Report of the Indian Hemp Drugs Commission, 1894-1895 - Volume VII
Year: 1894
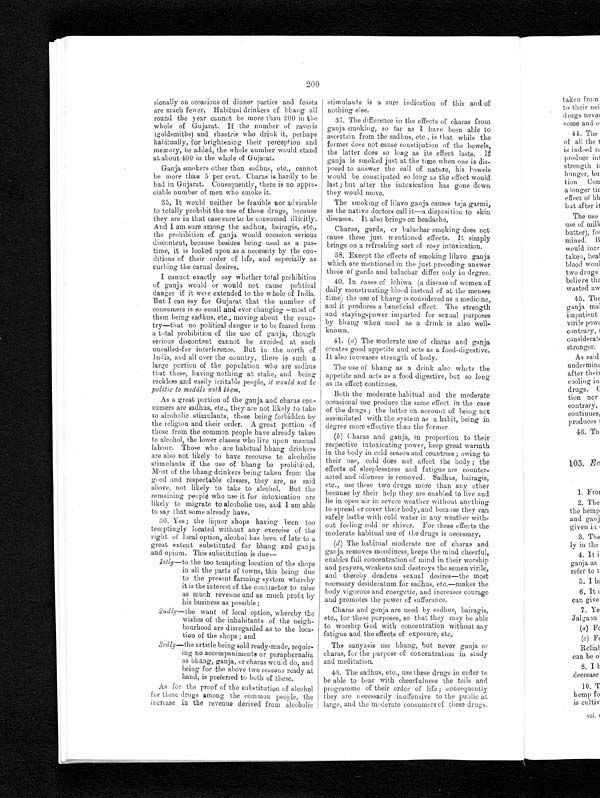
200
sionally on occasions of dinner parties and feasts
are much fewer. Habitual drinkers of bhang all
round the year cannot be more than 200 in the
whole of Gujarat. If the number of zaveris
(goldsmiths) and shastris who drink it, perhaps
habitually, for brightening their perception and
memory, be added, the whole number would stand
at about 400 in the whole of Gujarat.
Ganja smokers other than sadhus, etc., cannot
be more than 5 per cent. Charas is hardly to be
had in Gujarat. Consequently, there is no appre-
ciable number of men who smoke it.
35. It would neither be feasible nor advisable
to totally prohibit the use of these drugs, because
they are in that case sure to be consumed illicitly.
And I am sure among the sadhus, bairagis, etc.,
the prohibition of ganja would occasion serious
discontent, because besides being used as a pas-
time, it is looked upon as a necessity by the con-
ditions of their order of life, and especially as
curbing the carnal desires.
I cannot exactly say whether total prohibition
of ganja would or would not cause political
danger if it were extended to the whole of India.
But I can say for Gujarat that the number of
consumers is so small and ever changing —most of
them being sadhus, etc., moving about the coun-
try—that no political danger is to be feared from
a total prohibition of the use of ganja, though
serious discontent cannot be avoided at such
uncalled-for interference. But in the north of
India, and all over the country, there is such a
large portion of the population who are sadhus
that these, having nothing at stake, and being
reckless and easily irritable people, it would not be
politic to meddle with them.
As a great portion of the ganja and charas con-
sumers are sadhus, etc., they are not likely to take
to alcoholic stimulants, these being forbidden by
the religion and their order. A great portion of
those from the common people have already taken
to alcohol, the lower classes who live upon manual
labour. Those who are habitual bhang drinkers
are also not likely to have recourse to alcoholic
stimulants if the use of bhang be prohibited.
Most of the bhang drinkers being taken from the
good and respectable classes, they are, as said
above, not likely to take to alcohol. But the
remaining people who use it for intoxication are
likely to migrate to alcoholic use, and I am able
to say that some already have.
36. Yes ;the liquor shops having been too
temptingly located without any exercise of the
right of local option, alcohol has been of late to a
great extent substituted for bhang and ganja
and opium. This substitution is due
—
1 s t l y — t o
t h e t o o t e m p t i n g l o c a t i o n o f t h e s h o p s
in all the parts of towns, this being due
to the present farming system whereby
it is the interest of the contractor to raise
as much revenue and as much profit by
his business as possible ;
2 n d l y —
t h e
w a n t o f l o c a l o p t i o n , w h e r e b y t h e
wishes of the inhabitants of the neigh-
bourhood are disregarded as to the loca-
tion of the shops ; and
3 r d l y
—the article being sold ready-made, requir-
ing no accompaniments or paraphernalia
as bhang, ganja, or charas would do, and
being for the above two reasons ready at
hand, is preferred to both of these.
As for the proof of the substitution of alcohol
for these drugs among the common people, the
increase in the revenue derived from alcoholic
stimulants is a sure indication of this and of
nothing else.
37. The difference in the effects of charas from
ganja smoking, so far as I have been able to
ascertain from the sadhus, etc., is that while the
former does not cause constipation of the bowels,
the latter does so long as its effect lasts. If
ganja is smoked just at the time when one is dis-
posed to answer the call of nature, his bowels
would be constipated so long as the effect would
last; but alter the intoxication has gone down
they would move.
The smoking of lilavo ganja causes taja garmi,
as the native doctors call it—a disposition to skin
diseases. It also brings on headache.
Charas, garda, or baluchar smoking does not
cause these just mentioned effects. It simply
brings on a refreshing sort of rosy intoxication.
38. Except the effects of smoking lilavo ganja
which are mentioned in the just preceding answer
those of gardo and baluchar differ only in degree.
40. In cases of lohiwa (a disease of women of
daily menstruating blood instead of at the menses
time) the use of bhang is considered as a medicine,
and it produces a beneficial effect. The strength
and staying-power imparted for sexual purposes
by bhang when used as a drink is also well-
known.
41. (a) The moderate use of charas and ganja
creates good appetite and acts as a food-digestive.
It also increases strength of body.
The use of bhang as a drink also whets the
appetite and acts as a food digestive, but so long
as its effect continues.
Both the moderate habitual and the moderate
occasional use produce the same effect in the case
of the drugs ; the latter on account of being not
assimilated with the system as a habit, being in
degree more effective than the former.
(b) Charas and ganja, in proportion to their
respective intoxicating power, keep great warmth
in the body in cold season and countries ; owing to
their use, cold does not affect the body ; the
effects of sleeplessness and fatigue are counter-
acted and idleness is removed. Sadhus, bairagis,
etc., use these two drugs more than any other
because by their help they are enabled to live and
lie in open air in severe weather without anything
to spread or cover their body, and because they ca
n safely bathe with cold water in any weather
w i t h -
out feeling cold or shiver. For these effects the
moderate habitual use of the drugs is necessary.
(d) The habitual moderate use of charas and
ganja removes moodiness, keeps the mind cheerful,
enables full concentration of mind in their worship
and prayers, weakens and destroys the semen virile,
and thereby deadens sexual desires—the most
necessary desideratum for sadhus, etc.—makes the
body vigorous and energetic, and increases courage
and promotes the power of sufferance.
Charas and ganja are used by sadhus, bairagis,
etc., for these purposes, so that they may be able
to worship God with concentration without any
fatigue and the effects of exposure, etc.
The sanyasis use bhang, but never ganja or
charas, for the purpose of concentration in study
and meditation.
43. The sadhus, etc., use these drugs in order to
be able to bear with cheerfulness the toils and
programme of their order of life ; consequently
they are necessarily inoffensive to the public at
large, and the moderate consumers of these drugs,